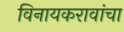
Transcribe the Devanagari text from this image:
विनायकरावांचा